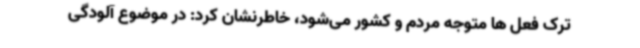
ترک فعل ها متوجه مردم و کشور می‌شود، خاطرنشان کرد: در موضوع آلودگی